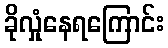
ခိုလှုံနေရကြောင်း